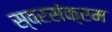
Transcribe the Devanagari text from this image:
स्वरसंक्रम